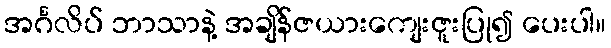
အင်္ဂလိပ် ဘာသာနဲ့ အချိန်ဇယားကျေးဇူးပြု၍ ပေးပါ။